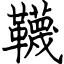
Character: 韈